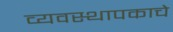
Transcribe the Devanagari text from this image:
व्यवस्थापकाचे